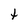
Character: t